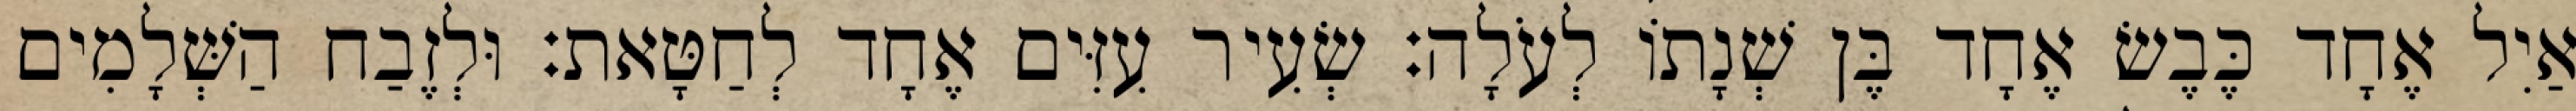
אַיִל אֶחָד כֶּבֶשׂ אֶחָד בֶּן שְׁנָתוֹ לְעֹלָה׃ שְׂעִיר עִזִּים אֶחָד לְחַטָּאת׃ וּלְזֶבַח הַשְּׁלָמִים